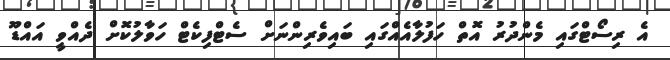
އެ ރިސޯޓްގައި މެންދުރު އޮތް ހަފުލާއެއްގައި ބައިވެރިންނަށް ސެޓްފިކެޓް ހަވާލުކޮށް ދެއްވީ އައްޑޫ